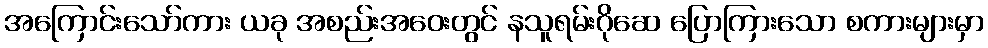
အကြောင်းသော်ကား ယခု အစည်းအဝေးတွင် နသူရမ်းဂိုဆေ ပြောကြားသော စကားများမှာ